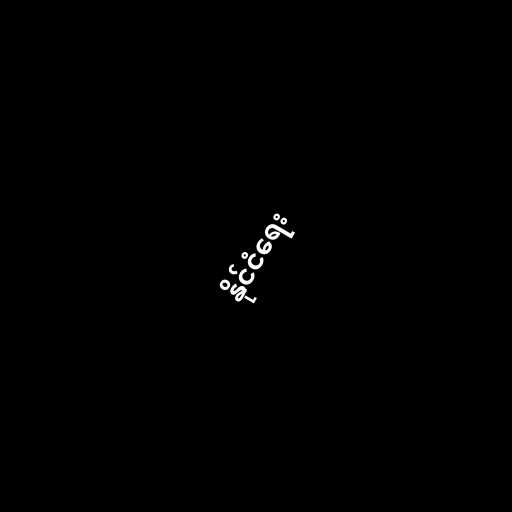
နိုင်ငံရေး